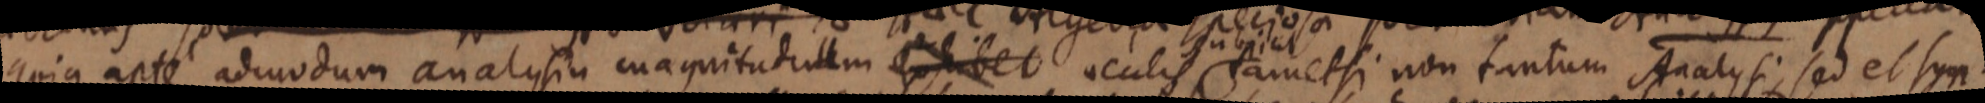
quia apte admodum analysin magnitudinem exhibet oculis tam et si non tantum Analysi sed et syn